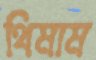
থিমাম